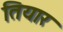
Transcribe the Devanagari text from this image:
तियार